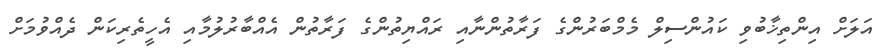
އަލަށް އިންތިޚާބުވި ކައުންސިލް މެމްބަރުންގެ ފަރާތުންނާއި ރައްޔިތުންގެ ފަރާތުން އެއްބާރުލުމާއި އެހީތެރިކަން ދެއްވުމަށް